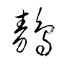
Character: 鶄